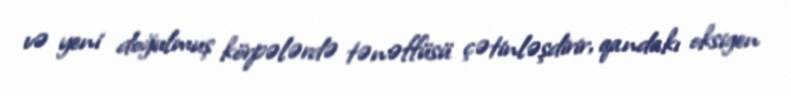
və yeni doğulmuş körpələrdə tənəffüsü çətinləşdirir, qandakı oksigen